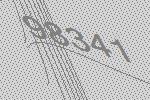
98341